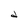
Character: d